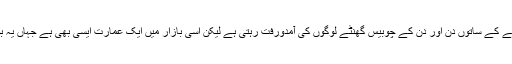
شہرقائد کا وہ علاقہ ہے جہاں ہفتے کے ساتوں دن اور دن کے چوبیس گھنٹے لوگوں کی آمدورفت رہتی ہے لیکن اسی بازار میں ایک عمارت ایسی بھی ہے جہاں یہ بورڈ لگا ہے کہ ’اندر آنا منع ہے‘۔